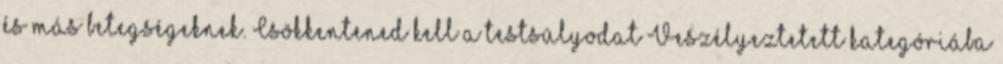
és más betegségeknek. Csökkentened kell a testsúlyodat Veszélyeztetett kategóriába